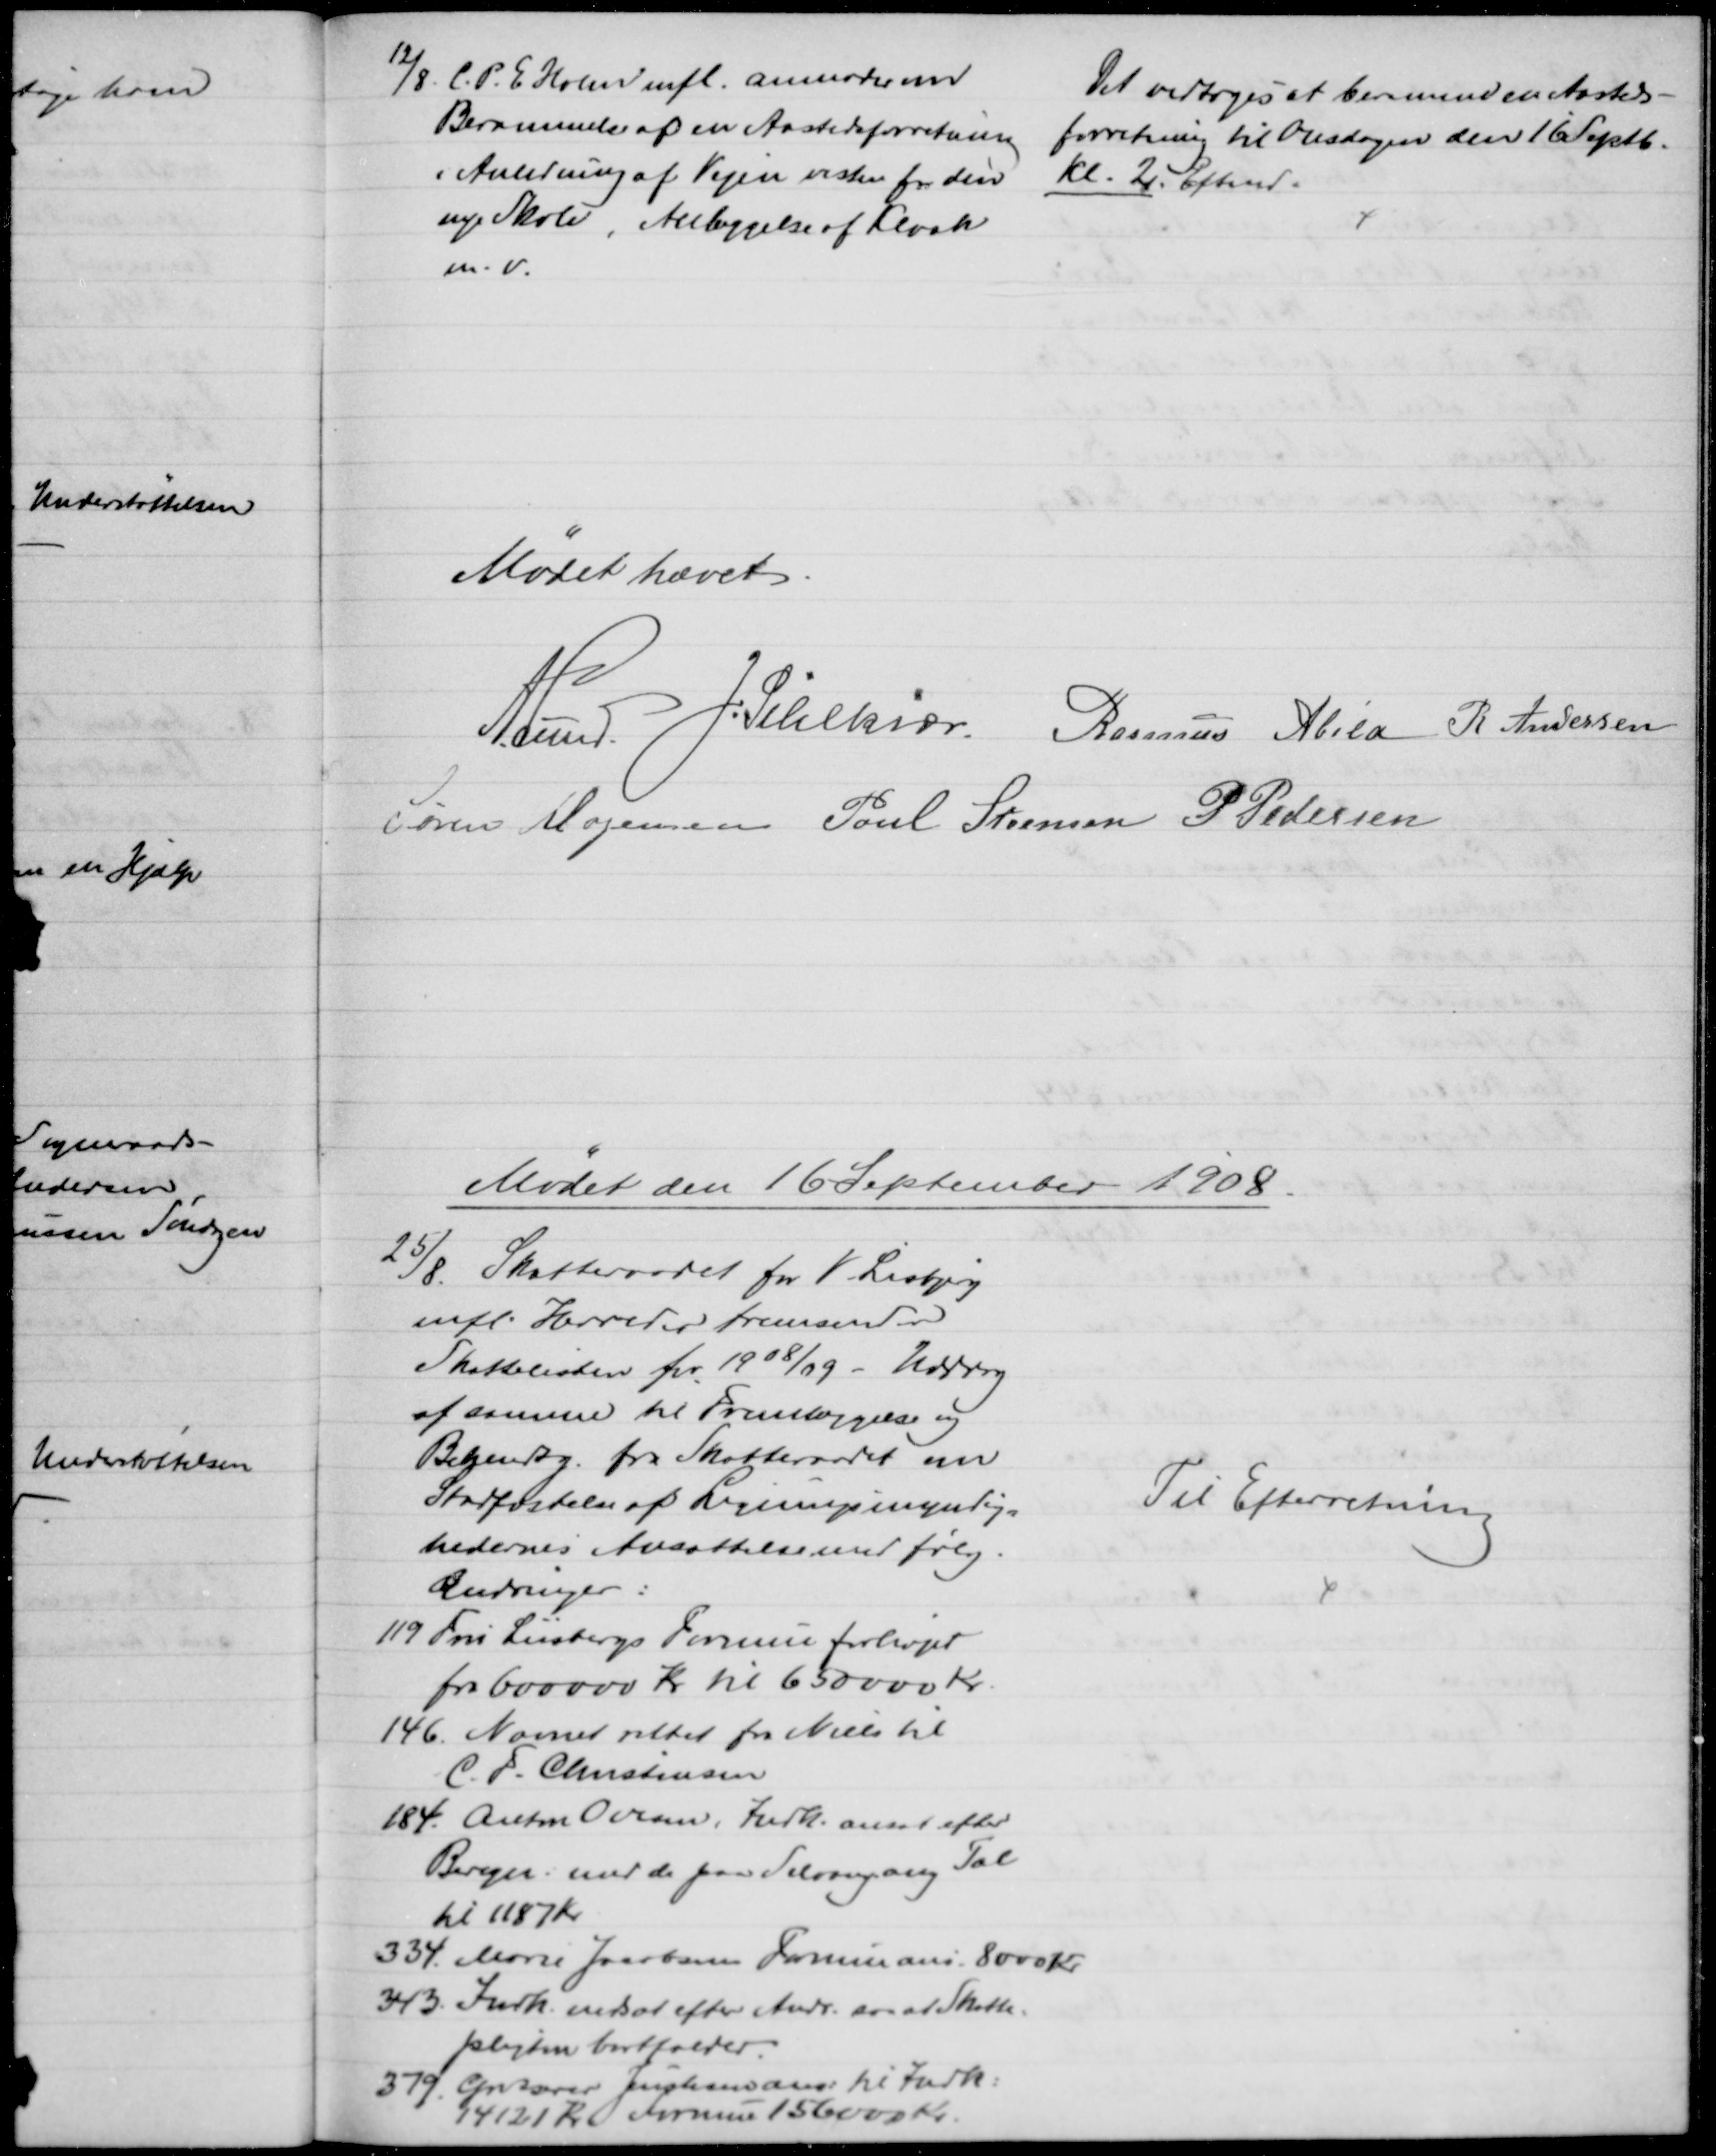
Transskription:
12/8. C. P. E. Holm mfl. anmoder om
Berammelse af en Aastedsforretning
i Anledning af Vejen vesten for den
nye Skole, Anlæggelse af Kloak
m.v.
Det vedtoges at beramme Aasteds-
forretning til Onsdagen den 16 Septb.
Kl. 2. Eftermd.
Mødet hævet
A. Lund. J. Pihlkjær. Rasmus Abild R. Andersen
Søren Mogensen Poul Steensen P Pedersen
Mødet den 16 September 1908.
25/8. 
Skatteraadet for V. Lisbjerg
mfl. Herreder fremsender
Skattelisten for 1908/09 - Uddrag
af samme til Fremlæggelse og
Bekjendtg. fra Skatteraadet om
Stadfæstelse af Ligningsmyndig=
hedernes Ansættelse med følg.
Ændringer:
119 Fru Liisbergs Formue forhøjet
fra 600000 Kr til 650000 Kr.
146. Navnet rettet fra Niels til
C. F. Christensen
184. Anton Ovesen, Indk. ansat efter
Beregn. med de paa Selvang. ang Tal
til 1187 Kr
334. Marie Jacobsen Formue ans. 8000 Kr.
343. Indk. nedsat efter Andr. ansat Skatte-
pligten bortfalder.
379. Grosserer Justesens ans: til Indk:
14121 Kr Formue 156000 Kr.
Til Efterretning